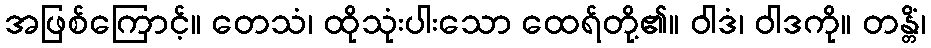
အဖြစ်ကြောင့်။ တေသံ၊ ထိုသုံးပါးသော ထေရ်တို့၏။ ဝါဒံ၊ ဝါဒကို။ တန္တိံ၊